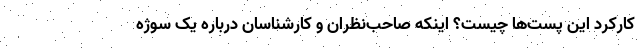
کارکرد این پست‌ها چیست؟ اینکه صاحب‌نظران و کارشناسان درباره یک سوژه